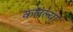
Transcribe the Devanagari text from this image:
कलल्या